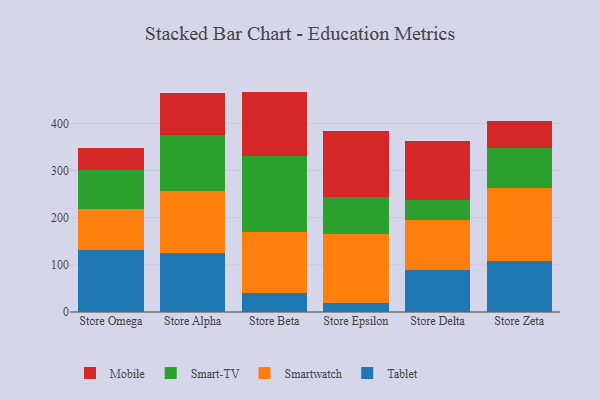
{"axis": {"x": "Store", "y": "Budget (USD K)"}, "legend": ["Mobile", "Smart-TV", "Smartwatch", "Tablet"], "data": [{"x": "Store Omega", "y": 131.9, "type": "Tablet"}, {"x": "Store Omega", "y": 85.7, "type": "Smartwatch"}, {"x": "Store Omega", "y": 84.5, "type": "Smart-TV"}, {"x": "Store Omega", "y": 46.0, "type": "Mobile"}, {"x": "Store Alpha", "y": 124.6, "type": "Tablet"}, {"x": "Store Alpha", "y": 132.0, "type": "Smartwatch"}, {"x": "Store Alpha", "y": 117.7, "type": "Smart-TV"}, {"x": "Store Alpha", "y": 90.4, "type": "Mobile"}, {"x": "Store Beta", "y": 39.3, "type": "Tablet"}, {"x": "Store Beta", "y": 129.9, "type": "Smartwatch"}, {"x": "Store Beta", "y": 161.2, "type": "Smart-TV"}, {"x": "Store Beta", "y": 136.9, "type": "Mobile"}, {"x": "Store Epsilon", "y": 18.5, "type": "Tablet"}, {"x": "Store Epsilon", "y": 146.8, "type": "Smartwatch"}, {"x": "Store Epsilon", "y": 78.1, "type": "Smart-TV"}, {"x": "Store Epsilon", "y": 139.4, "type": "Mobile"}, {"x": "Store Delta", "y": 88.8, "type": "Tablet"}, {"x": "Store Delta", "y": 106.8, "type": "Smartwatch"}, {"x": "Store Delta", "y": 42.1, "type": "Smart-TV"}, {"x": "Store Delta", "y": 125.1, "type": "Mobile"}, {"x": "Store Zeta", "y": 108.5, "type": "Tablet"}, {"x": "Store Zeta", "y": 154.3, "type": "Smartwatch"}, {"x": "Store Zeta", "y": 85.7, "type": "Smart-TV"}, {"x": "Store Zeta", "y": 57.4, "type": "Mobile"}]}